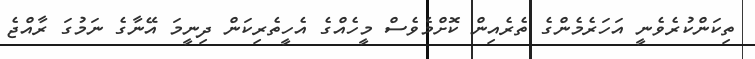
ތިކަންކުރެވެނީ އަހަރެމެންގެ ތެރެއިން ކޮށްމެވެސް މީހެއްގެ އެހީތެރިކަން ދިނީމަ އޭނާގެ ނަމުގަ ރާއްޖެ